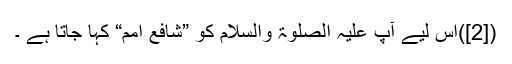
([2])اِس لیے آپ عَلَیْہِ الصَّلٰوۃُ وَالسَّلَام کو ”شافعِ اُمَم“ کہا جاتا ہے ۔